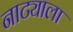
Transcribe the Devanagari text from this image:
नाट्याला